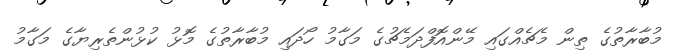
މުބާރާތުގެ ތިން މެޗެއްގައި މޭންއޮފްދަމެޗުގެ މަގާމު ހޯދައި މުބާރާތުގެ މޮޅު ކުޅުންތެރިޔާގެ މަގާމު